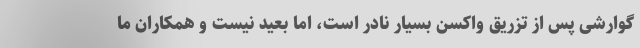
گوارشی پس از تزریق واکسن بسیار نادر است، اما بعید نیست و همکاران ما